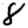
Digit: 8